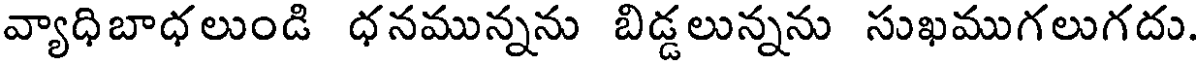
వ్యాధిబాధ లుండి ధనమున్నను బిడ్డలున్నను సుఖముగలుగదు.